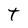
Character: t